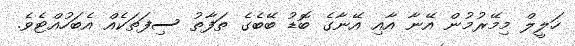
ހަލީލް މިމޭރުމުން އޭނާ އާއި އޭނާގެ ބޮޑު ބޭބެގެ ތަފާތު ސިފަތަކެއް އެބަހުއްޓެވެ.